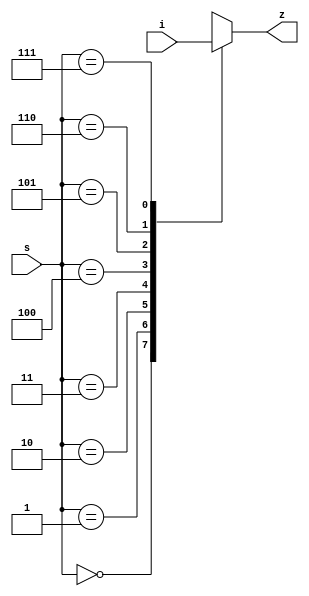
`timescale 1ns / 1ps
//////////////////////////////////////////////////////////////////////////////////
// Company: 
// Engineer: 
// 
// Design Name: 
// Module Name: multiplexer
// Project Name: 
// Target Devices: 
// Tool Versions: 
// Description: 
// 
// Dependencies: 
// 
// Revision:
// Revision 0.01 - File Created
// Additional Comments:
// 
//////////////////////////////////////////////////////////////////////////////////


module multiplexer(i,s,z);
    input [7:0] i;
    input [2:0] s;
    output z;
    reg z;
    
    always @(s)
        case(s)
            3'b000 : z <= i[7];
            3'b001 : z <= i[6];
            3'b010 : z <= i[5];
            3'b011 : z <= i[4];
            3'b100 : z <= i[3];
            3'b101 : z <= i[2];
            3'b110 : z <= i[1];
            3'b111 : z <= i[0];
            default : z <= 0;
        endcase
endmodule